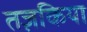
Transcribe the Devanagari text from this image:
तज़किया